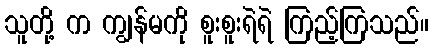
သူတို့ က ကျွန်မကို စူးစူးရဲရဲ ကြည့်ကြသည်။